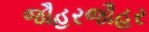
જૌહરજૌહર